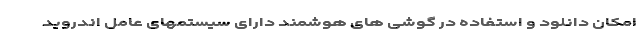
امکان دانلود و استفاده در گوشی های هوشمند دارای سیستمهای عامل اندروید